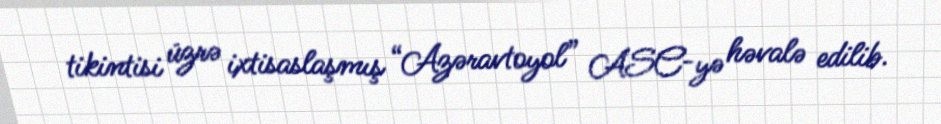
tikintisi üzrə ixtisaslaşmış “Azəravtoyol” ASC-yə həvalə edilib.